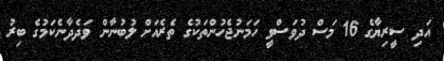
އަދި ސީރިޔާގެ 16 މަސް ދުވަސްވީ ހަމަނުޖެހުންތަކުގެ ތެރެއަށް ލުބުނާން ވަދެދާނެކަމުގެ ބިރު